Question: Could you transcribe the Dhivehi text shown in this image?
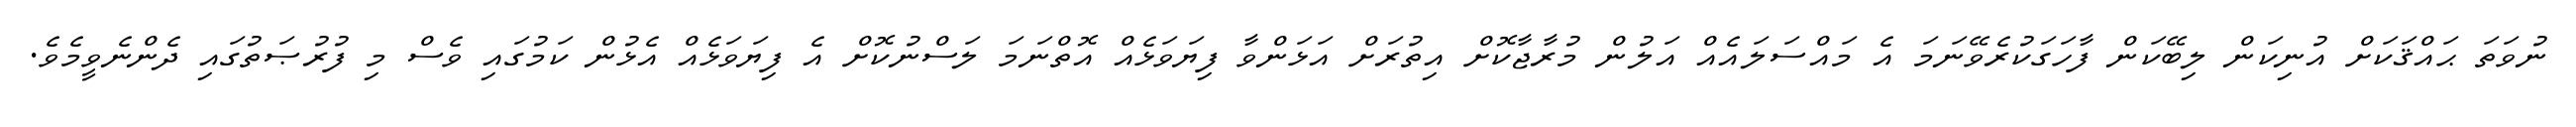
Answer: ނުވަތަ ޙައްޤަކަށް އުނިކަން ލިބޭކަން ފާހަގަކުރެވޭނަމަ އެ މައްސަލައެއް އަލުން މުރާޖާކޮށް އިތުރަށް އަޅަންވާ ފިޔަވަޅެއް އޮތްނަމަ ލަސްނުކޮށް އެ ފިޔަވަޅެއް އެޅުން ކަމުގައި ވެސް މި ފުރުޞަތުގައި ދެންނެވީމެވެ.